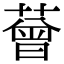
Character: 𦼏